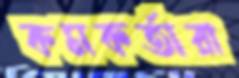
কমকর্তারা